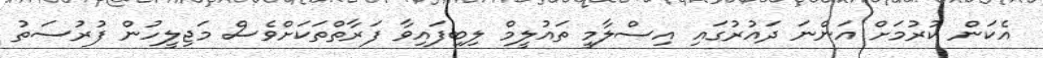
އެކަން ކުރުމަށް އަންނަ ދައުރުގައި އިސްލާމީ ތައުލީމް ލިބިފައިވާ ފަރާތްތަކަށްވެސް މަޖިލީހުން ފުރުސަތު